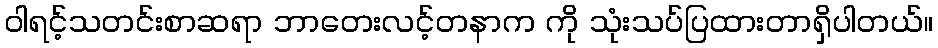
ဝါရင့်သတင်းစာဆရာ ဘာတေးလင့်တနာက ကို သုံးသပ်ပြထားတာရှိပါတယ်။